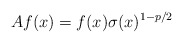
\begin{align*} Af(x) = f(x)\sigma(x)^{1-p/2}\end{align*}